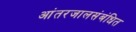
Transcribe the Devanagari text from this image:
आंतरजालसंबंधित